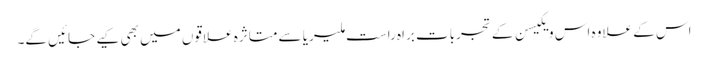
اس کے علاوہ اس ویکیسن کے تجربات براہ راست ملیریا سے متاثرہ علاقوں میں بھی کیے جائیں گے۔